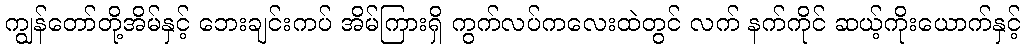
ကျွန်တော်တို့အိမ်နှင့် ဘေးချင်းကပ် အိမ်ကြားရှိ ကွက်လပ်ကလေးထဲတွင် လက် နက်ကိုင် ဆယ့်ကိုးယောက်နှင့်